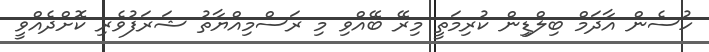
ހުސެން އާދަމް ބިލްޑިިން ކުރިމަތީ މިރޭ ބޭއްވި މި ރަސްމިއްޔާތު ޝަރަފުވެރި ކޮށްދެއްވީ